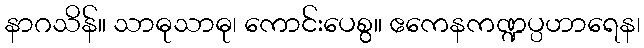
နာဂသိန်။ သာဓုသာဓု၊ ကောင်းပေစွ။ ဧကေနကဏ္ဍပ္ပဟာရေန၊